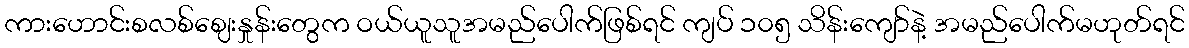
ကားဟောင်းစလစ်ဈေးနှုန်းတွေက ဝယ်ယူသူအမည်ပေါက်ဖြစ်ရင် ကျပ် ၁၀၅ သိန်းကျော်နဲ့ အမည်ပေါက်မဟုတ်ရင်